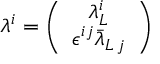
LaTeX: \lambda ^ { i } = \left( \begin{array} { c } { { \lambda _ { L } ^ { i } } } \\ { { \epsilon ^ { i j } \bar { \lambda } _ { L \, j } } } \end{array} \right)